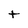
Character: t